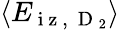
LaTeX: \langle E_{\mathrm{~i~z~,~}\mathrm{~D~}_{2}}\rangle